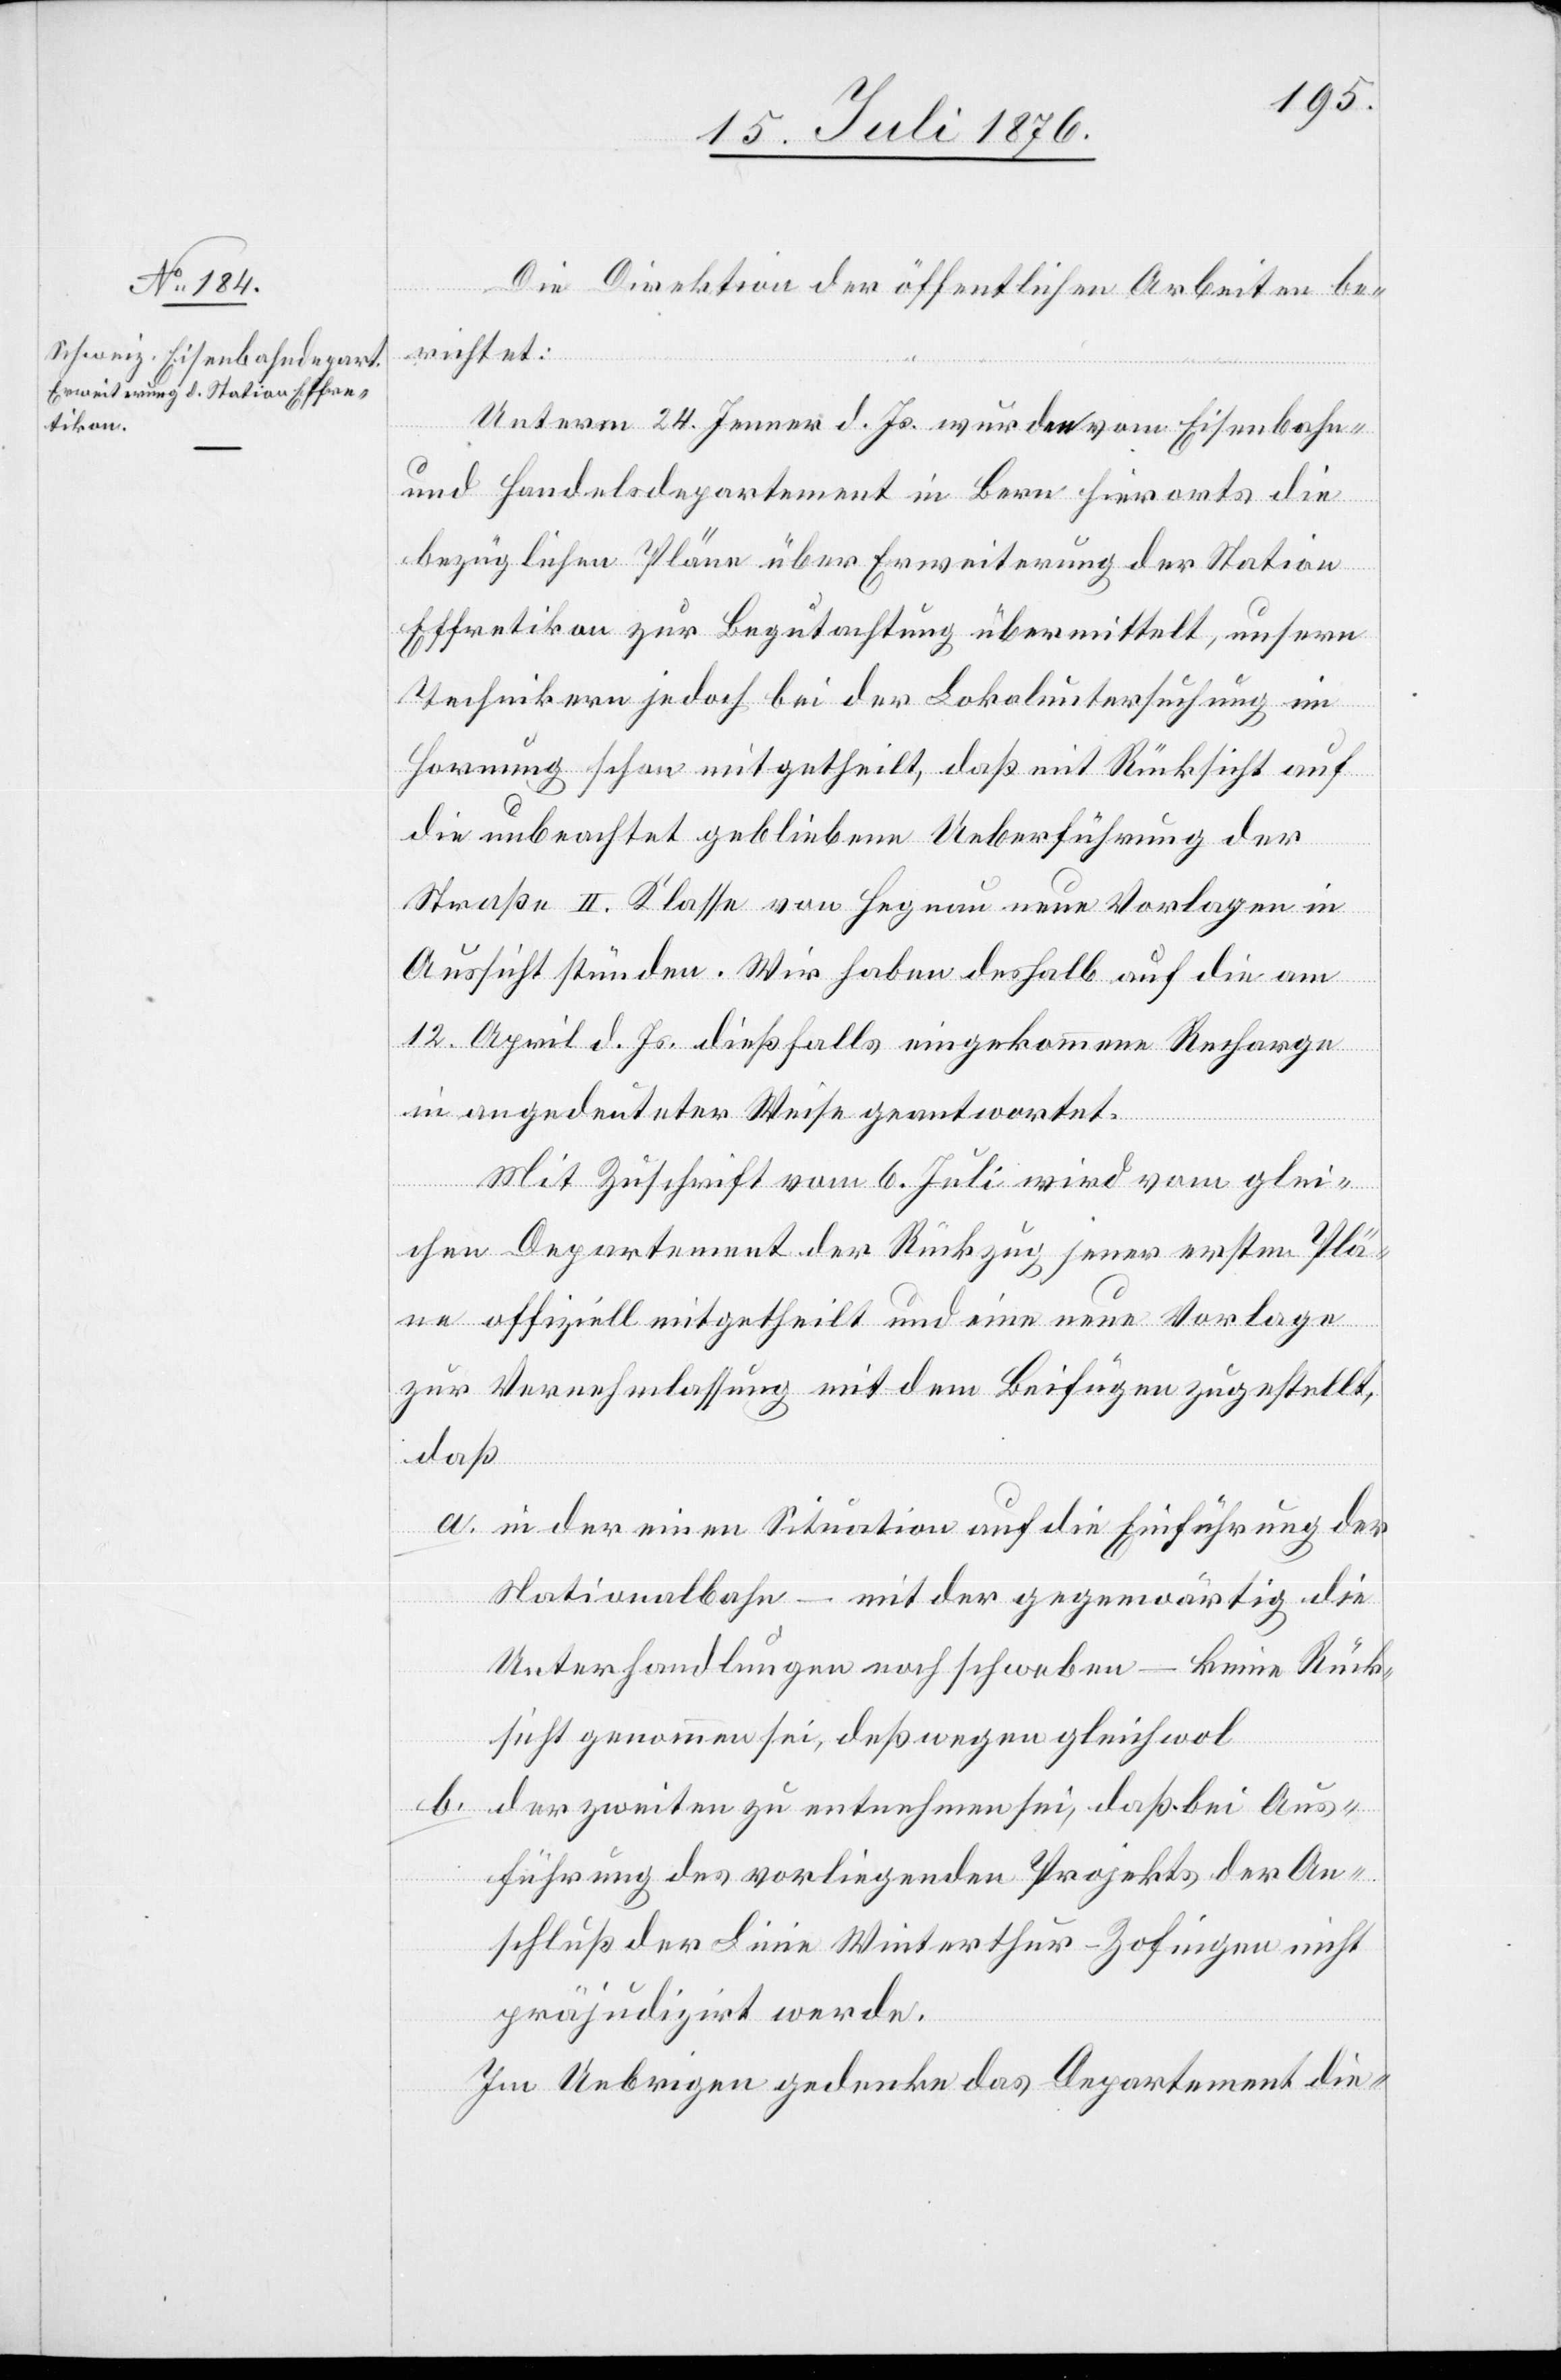
19. Juli 1876.]
Die Direktion der öffentlichen Arbeiten be¬
richtet:
Unterm 24. Jenner d. Js. wurden vom Eisenbahn-
und Handelsdepartement in Bern hierorts die
bezüglichen Pläne über Erweiterung der Station
Effretikon zur Begutachtung übermittelt, unsern
Technikern jedoch bei der Lokaluntersuchung im
Hornung schon mitgetheilt, daß mit Rücksicht auf
die unbeachtet gebliebene Ueberführung der
Straße II. Klasse von Hegnau neu Vorlagen in
Aussicht stünden. Wir haben deshalb auf die am
12. April d. Js. dießfalls eingekommene Recharge
in angedeuteter Weise geantwortet.
Mit Zuschrift vom 6. Juli wird vom glei¬
chen Departement der Rückzug jener ersten Plä¬
ne offiziell mitgetheilt und eine neue Vorlage
zur Vernehmlassung mit dem Beifügen zugestellt,
daß
a. in der einen Situation auf die Einführung der
Nationalbahn – mit der gegenwärtig die
Unterhandlungen noch schweben – keine Rück¬
sicht genommen sei, deßwegen gleichwol
b.
der zweiten zu entnehmen sei, daß bei Aus¬
führung des vorliegenden Projekts der An¬
schluß der Linie Winterthur–Zofingen nicht
präjudizirt werde.
Im Uebrigen gedenke das Departement die-